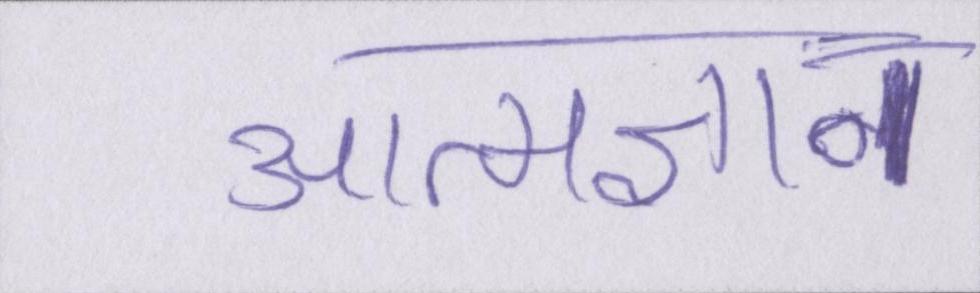
आत्मज्ञान